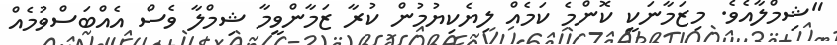
"ޝިމްލާއެވެ. މިޒަމާނަކީ ކޮންމެ ކަމެއް ލިޔެކިޔުމުން ކުރާ ޒަމާންވީމާ ޝިމްލާ ވެސް އެއްބަސްވުމެއް